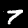
Label: 7